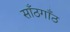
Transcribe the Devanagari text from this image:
साँठगाँठ